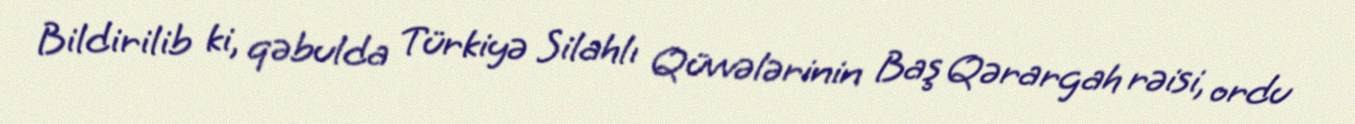
Bildirilib ki, qəbulda Türkiyə Silahlı Qüvvələrinin Baş Qərargah rəisi, ordu